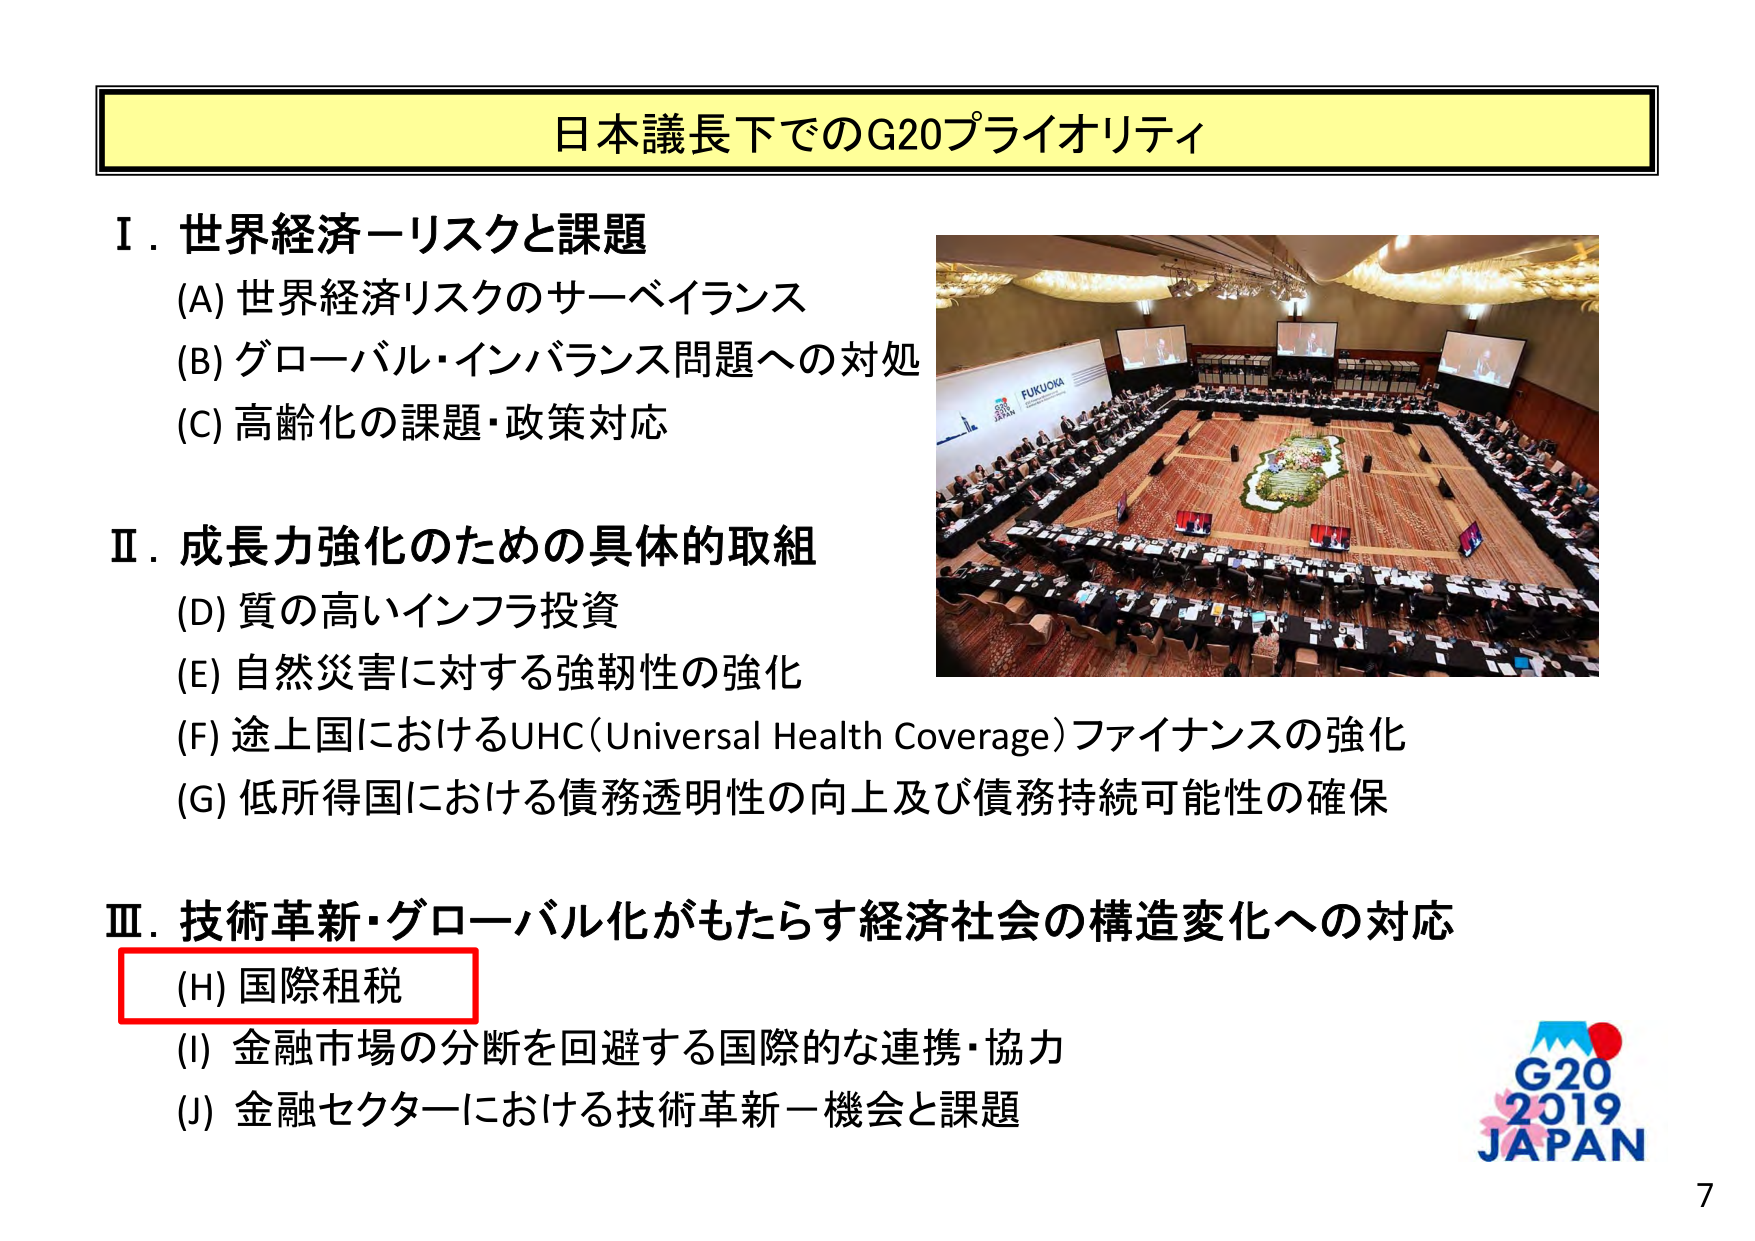
日本議長下でのG20プライオリティ

Ⅰ．世界経済－リスクと課題
(A) 世界経済リスクのサーベイランス
(B) グローバル・インバランス問題への対処
(C) 高齢化の課題・政策対応

Ⅱ．成長力強化のための具体的取組
(D) 質の高いインフラ投資
(E) 自然災害に対する強靭性の強化
(F) 途上国におけるUHC（Universal Health Coverage）ファイナンスの強化
(G) 低所得国における債務透明性の向上及び債務持続可能性の確保

Ⅲ．技術革新・グローバル化がもたらす経済社会の構造変化への対応
(H) 国際租税
(I) 金融市場の分断を回避する国際的な連携・協力
(J) 金融セクターにおける技術革新－機会と課題

FUKUOKA
G20
2019
JAPAN

7